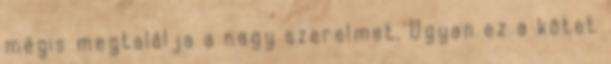
mégis megtalálja a nagy szerelmet. Ugyan ez a kötet